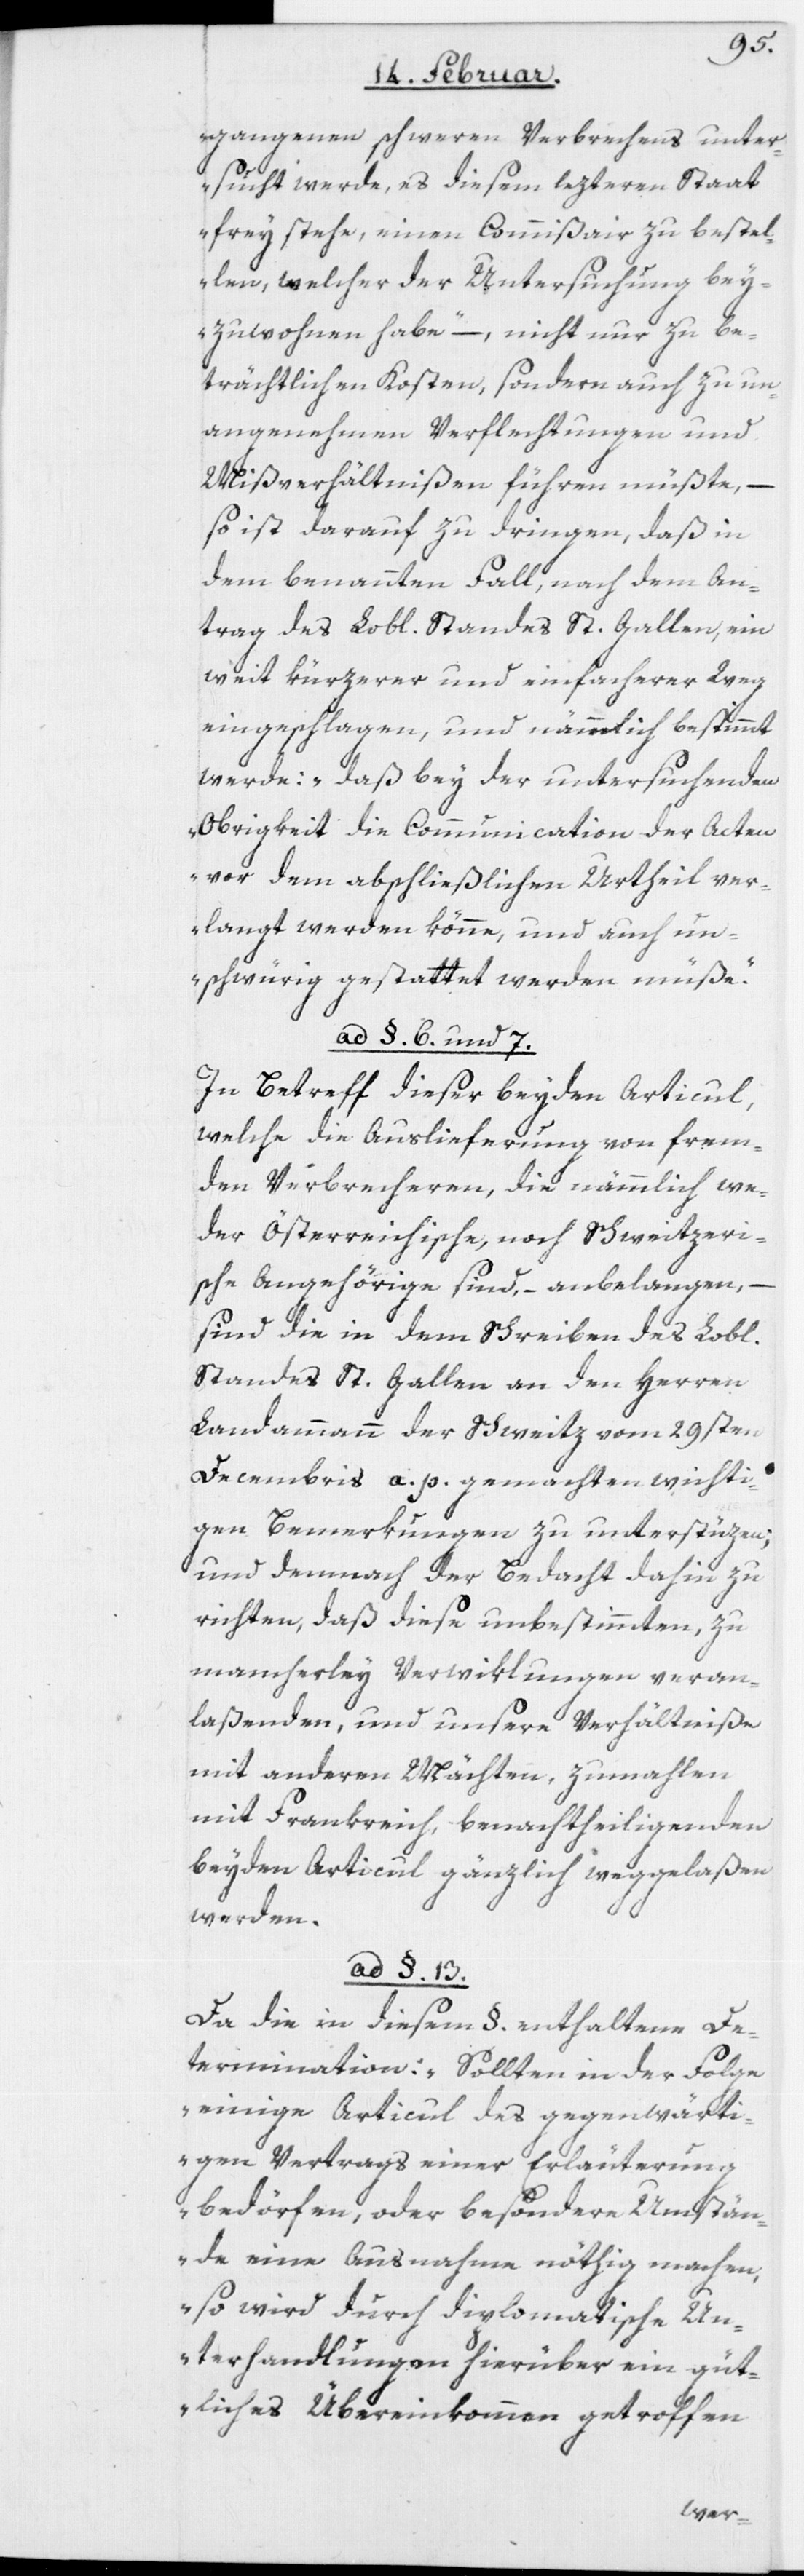
gangenen schweren Verbrechens unter¬
sucht werde, es diesem lezteren Staat
frey stehe, einen Commißair zu bestel¬
len, welcher der Untersuchung bey¬
zuwohnen habe“ – nicht nur zu be¬
trächtlichen Kosten, sondern auch zu un¬
angenehmen Verflechtungen und
Mißverhältnißen führen müßte, –
so ist darauf zu dringen, daß in
dem benannten Fall, nach dem An¬
trag des Lobl. Standes St. Gallen, ein
weit kürzerer und einfacherer Weg
eingeschlagen, und nämmlich bestimmt
werde: „daß bey der untersuchenden
Obrigkeit die Communication der Acten
vor dem abschließlichen Urtheil ver¬
langt werden könne, und auch un¬
schwürig gestattet werden müße“.
ad §. 6. und 7.
In Betreff dieser beyden Articul,
welche die Auslieferung von frem¬
den Verbrecheren, die nämmlich we¬
der Österreichische, noch Schweitzeri¬
sche Angehörige sind, – anbelangen,
–
sind die in dem Schreiben des Lobl.
Standes St. Gallen an den Herren
Landammann der Schweitz vom 29sten
Decembris a. p. gemachten wichti¬
gen Bemerkungen zu unterstüzen;
und demnach der Bedacht dahin zu
richten, daß diese unbestimmten, zu
mancherley Verwiklungen veran¬
laßenden, und unsere Verhältniße
mit anderen Mächten, zumahlen
mit Frankreich, benachtheiligenden
beyden Articul, gänzlich weggelaßen
werden.
ad §. 13.
Da die in diesem §. enthaltene De¬
termination: „Sollten in der Folge
einige Articul des gegenwärti¬
gen Vertrags einer Erläuterun¬
g bedörfen, oder besondere Umstän¬
de eine Ausnahme nöthig machen,
so wird durch diplomatische Un¬
terhandlungen hierüber ein güt¬
liches Übereinkommen getroffen